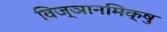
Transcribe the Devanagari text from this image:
विज्ञानमिक्षु